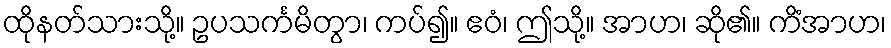
ထိုနတ်သားသို့။ ဥပသင်္ကမိတွာ၊ ကပ်၍။ ဧဝံ၊ ဤသို့။ အာဟ၊ ဆို၏။ ကိံအာဟ၊